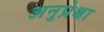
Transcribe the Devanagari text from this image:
अनुप्रेक्षा